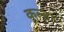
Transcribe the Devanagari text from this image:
कूल्‍हा